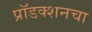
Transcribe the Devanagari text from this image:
प्रॉडक्शनचा